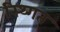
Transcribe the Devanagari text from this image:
स्थ्गित